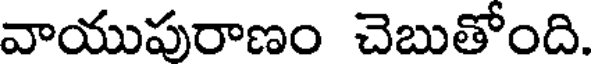
వాయుపురాణం చెబుతోంది.